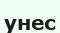
унес